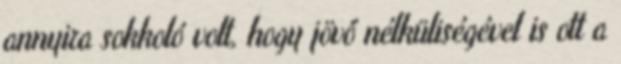
annyira sokkoló volt, hogy jövő nélküliségével is ott a